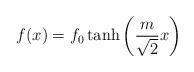
LaTeX: \begin{align*}f(x) = f_0 \tanh \left ( {m\over {\sqrt{2}}} x \right )\end{align*}